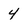
Character: 4